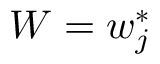
\boldsymbol { W } = \boldsymbol { w } _ { j } ^ { * }